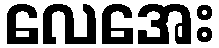
လေအေး